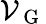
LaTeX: \mathcal{V}_{\mathrm{~G~}}